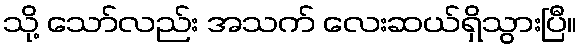
သို့ သော်လည်း အသက် လေးဆယ်ရှိသွားပြီ။